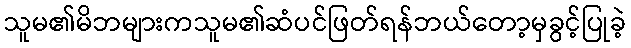
သူမ၏မိဘများကသူမ၏ဆံပင်ဖြတ်ရန်ဘယ်တော့မှခွင့်ပြုခဲ့